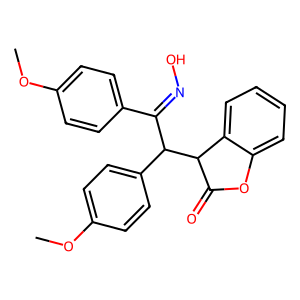
SMILES: COc1ccc(C(=NO)C(c2ccc(OC)cc2)C2C(=O)Oc3ccccc32)cc1
Inhibits HIV replication: No